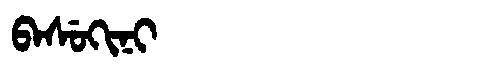
Manchu: ᠪᠠᠰᡠᡴᡳᠨᡳ
Romanization: BASUKINI